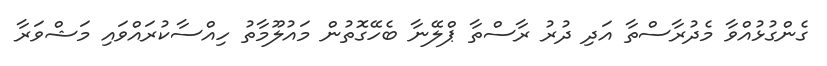
ގެންގުޅުއްވާ މެދުރާސްތާ އަދި ދުރު ރާސްތާ ޕްލޭނާ ބެހޭގޮތުން މައުލޫމާތު ހިއްސާކުރައްވައި މަޝްވަރާ